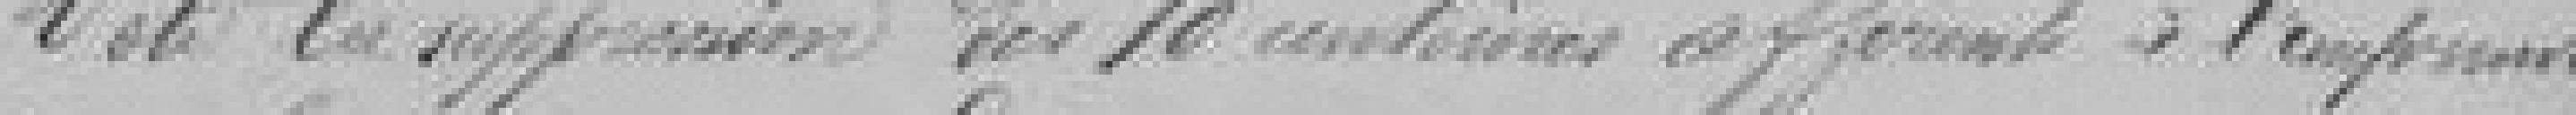
Vote la suppression des 10 centimes afférent à l'emprunt